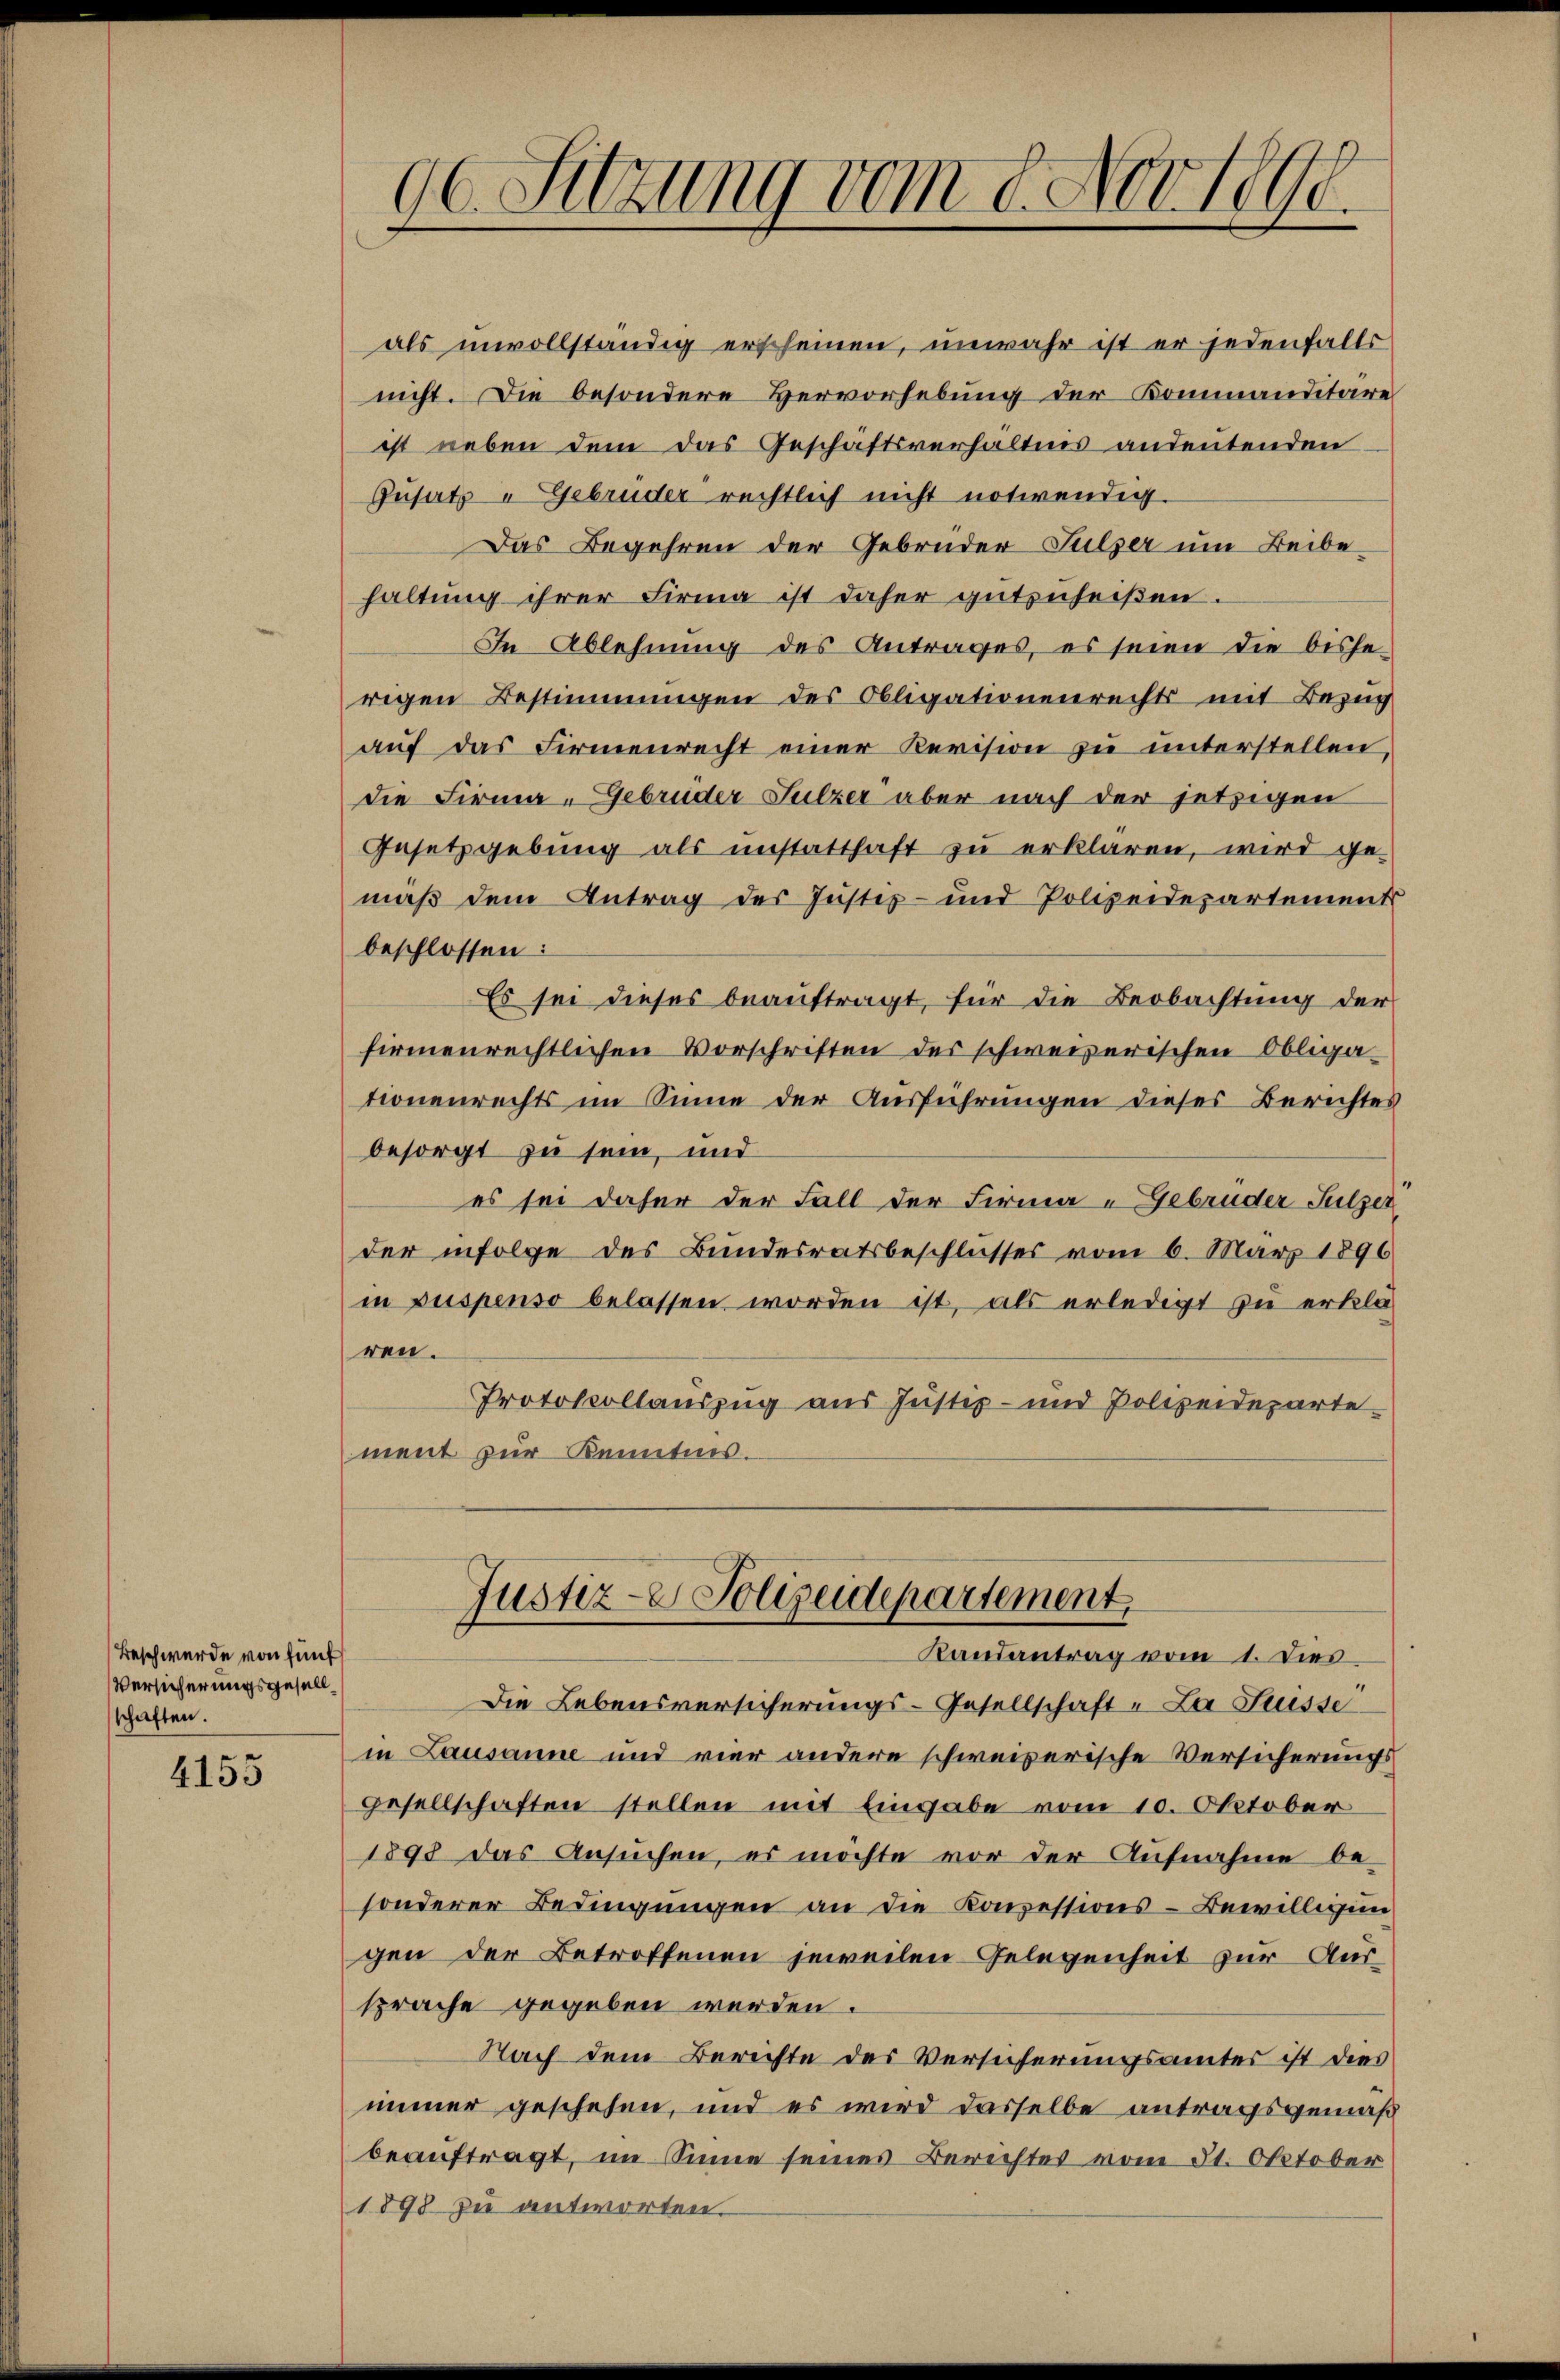
Beschwerde von fünf
Versicherungsgesell
schaften.

4155

als unvollständig erscheinen, unwahr ist er jedenfalls
nicht. Die besondere Hervorhebung der Kommanditare
ist neben dem das Geschäftsverhältnis andeutenden
Gusatz u Gebrüder rechtlich nicht notwendig.
Das Begehren der Gebrüder Sulzer um Beibe-
haltung ihrer Firma ist daher gütenheißen.
In Ablehnung des Antrages, es seien die bishe-
rigen Bestimmungen des Obligationenrechts mit Bezug
auf das Firmenrecht einer Revision zu unterstellen,
die Firma - Gebrüder Sulzer aber nach der jetzigen
Gesetzgebung als unstatthaft zu erklären, wird ge-
mäß dem Antrag des Justiz- und Polizeidepartements
beschlossen:
Es sei dieses beauftragt, für die Beobachtung der
firmenrechtlichen Vorschriften des schweizerischen Obliga-
tionenrechts im Sinne der Ausführungen dieses Berichtes
besorgt zu sein, und
es sei daher der Fall der Firma - Gebrüder Sulzer
der infolge des Bundesratsbeschlusses vom 6. März 1896
in puspenso belassen worden ist, als erledigt zu erklä
ren.
Protokollauszug aus Justiz- und Polizeidepartement zur Kenntnis.

96. Sitzung vom 8. Nov. 1890.

Justiz- & Polizeidepartement.
Randantrag vom 1. Dies

Die Lebensversicherungs-Gesellschaft und La Suisse
in Lausanne und vier andere schweizerische Versicherungs
Gesellschaften stellen mit Eingabe vom 10. Oktober
1898 das Ansuchen, es möchte vor der Aufnahme be-
sonderer Bedingungen an die Konzessions-Bewilligun
gen der Betroffenen jeweilen Gelegenheit zur Aussprache gegeben werden.
Nach dem Berichte des Versicherungsamtes ist dies
immer geschehen, und es wird dasselbe antragsgemäß
beauftragt, im Sinne seines Berechtes vom 31. Oktober
1898 zu antworten.